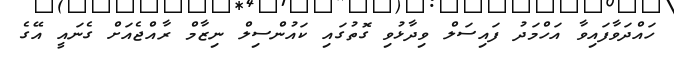
ހައްދަވާފައިވާ އަހްމަދު ފައިސަލް ވިދާޅުވި ގޮތުގައި ކައުންސިލް ނިޒާމް ރާއްޖެއަށް ގެނައީ އޭގެ